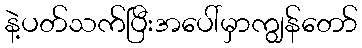
နဲ့ပတ်သက်ပြီးအပေါ်မှာကျွန်တော်